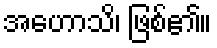
အဟောသိ၊ ဖြစ်၏။